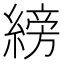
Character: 縍